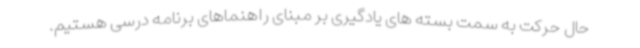
حال حرکت به سمت بسته های یادگیری بر مبنای راهنماهای برنامه درسی هستیم.